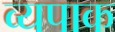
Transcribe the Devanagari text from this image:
व्यपाक